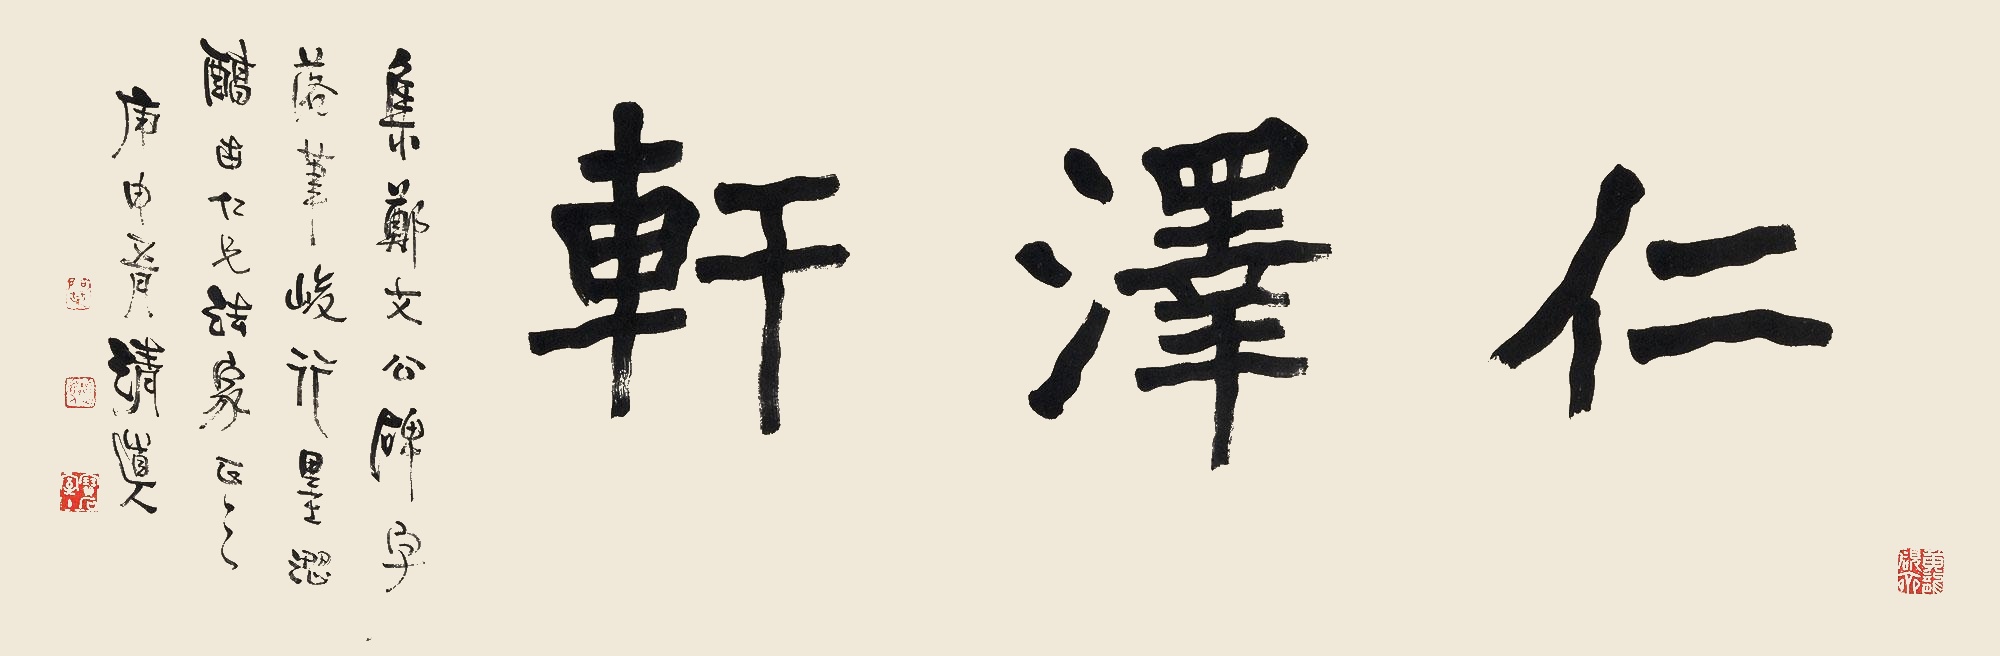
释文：集郑文公碑字，落笔俊行墨涩，醇古仁兄法家正之。庚申五月，清道人。